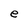
Character: e